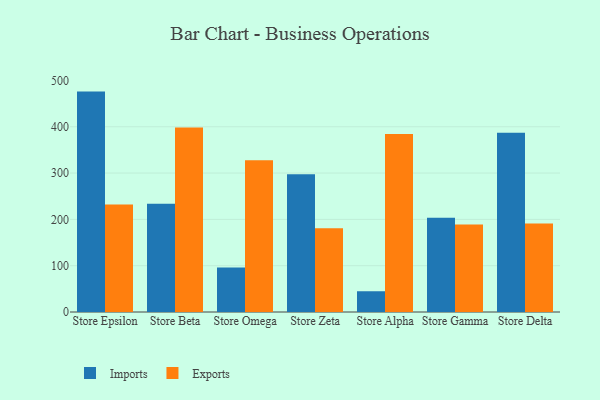
{"axis": {"x": "Store", "y": "LTV (USD)"}, "legend": ["Exports", "Imports"], "data": [{"x": "Store Epsilon", "y": 475.9, "type": "Imports"}, {"x": "Store Epsilon", "y": 232.2, "type": "Exports"}, {"x": "Store Beta", "y": 233.7, "type": "Imports"}, {"x": "Store Beta", "y": 398.3, "type": "Exports"}, {"x": "Store Omega", "y": 96.3, "type": "Imports"}, {"x": "Store Omega", "y": 327.4, "type": "Exports"}, {"x": "Store Zeta", "y": 297.4, "type": "Imports"}, {"x": "Store Zeta", "y": 180.8, "type": "Exports"}, {"x": "Store Alpha", "y": 44.8, "type": "Imports"}, {"x": "Store Alpha", "y": 384.3, "type": "Exports"}, {"x": "Store Gamma", "y": 203.3, "type": "Imports"}, {"x": "Store Gamma", "y": 189.0, "type": "Exports"}, {"x": "Store Delta", "y": 387.1, "type": "Imports"}, {"x": "Store Delta", "y": 191.0, "type": "Exports"}]}